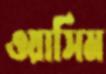
ওয়াসিম